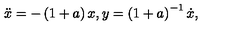
\ddot { x } = - \left( 1 + a \right) x , y = \left( 1 + a \right) ^ { - 1 } \dot { x } ,